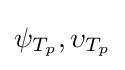
\psi _{T_{p}},\upsilon _{T_{p}}